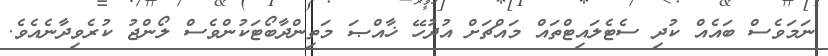
ނަމަވެސް ބައެއް ކުދި ސެޓެލައިޓްތައް މައްޗަށް އުދުހޭ ޚާއްޞަ މަތިންދާބޯޓަކުންވެސް ލޯންޖު ކުރެވިދާނެއެވެ.